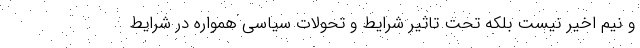
و نیم اخیر نیست بلکه تحت تاثیر شرایط و تحولات سیاسی همواره در شرایط